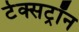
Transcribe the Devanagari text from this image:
टेक्सट्रॉन